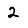
Digit: 2